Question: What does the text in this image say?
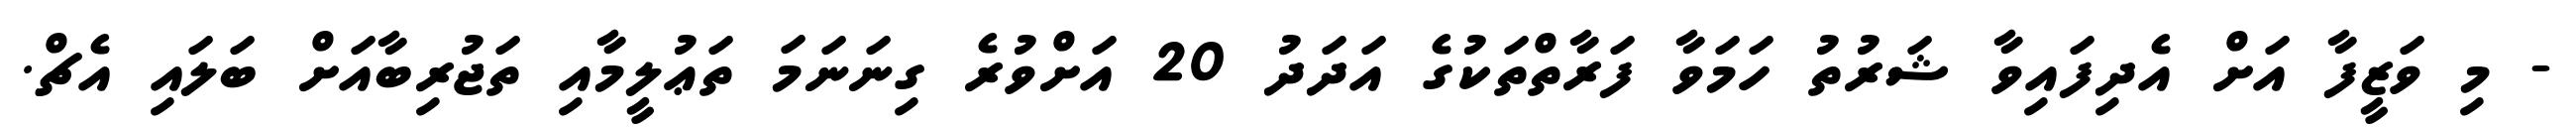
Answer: - މި ވަޒީފާ އަށް އެދިފައިވާ ޝަރުތު ހަމަވާ ފަރާތްތަކުގެ އަދަދު 20 އަށްވުރެ ގިނަނަމަ ތަޢުލީމާއި ތަޖުރިބާއަށް ބަލައި އެޗް.